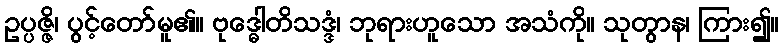
ဥပ္ပဇ္ဇိ၊ ပွင့်တော်မူ၏။ ဗုဒ္ဓေါတိသဒ္ဒံ၊ ဘုရားဟူသော အသံကို။ သုတွာန၊ ကြား၍။